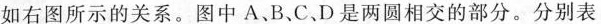
如右图所示的关系。图中A、B、C.D是两圆相交的部分。分别表